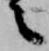
之